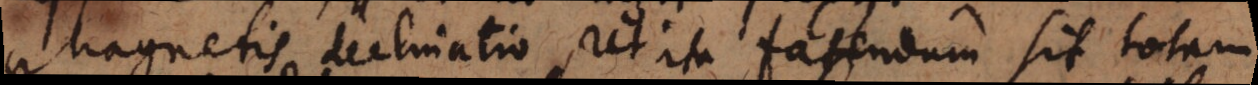
Magnetis declinatio, ut ita fatendum sit totam